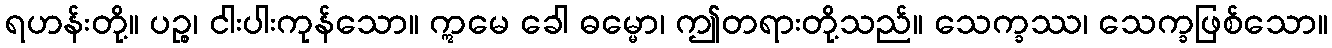
ရဟန်းတို့။ ပဉ္စ၊ ငါးပါးကုန်သော။ ဣမေ ခေါ ဓမ္မော၊ ဤတရားတို့သည်။ သေက္ခဿ၊ သေက္ခဖြစ်သော။